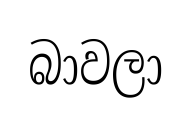
බාවලා